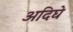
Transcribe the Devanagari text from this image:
अदिघे